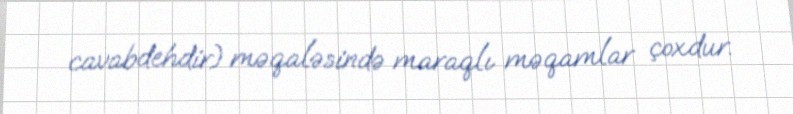
cavabdehdir) məqaləsində maraqlı məqamlar çoxdur.